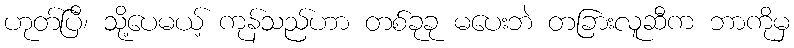
ဟုတ်ပြီ၊ သို့ပေမယ့် ကုန်သည်ဟာ တစ်ခုခု မပေးဘဲ တခြားလူဆီက ဘာကိုမှ